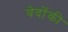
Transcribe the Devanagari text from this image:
वेदोंकी